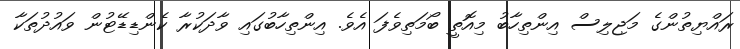
ރައްޔިތުންގެ މަޖިލިސް އިންތިހާބު މިއޮތީ ބޯމަތިވެފަ އެވެ. އިންތިހާބުގައި ވާދަކުރާ ކެންޑިޑޭޓުން ވައުދުތަކާ